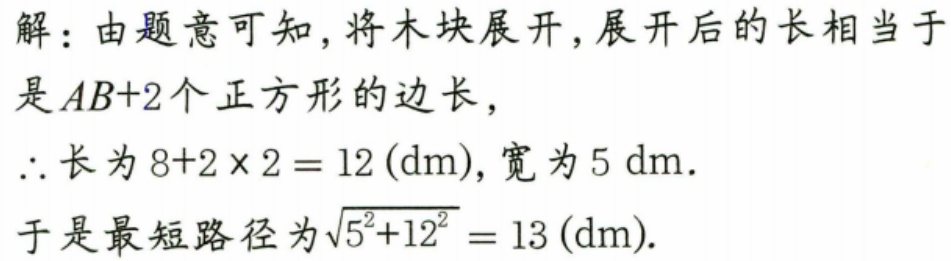
解：由题意可知，将木块展开，展开后的长相当于是\(AB + 2\)个正方形的边长，
\(\therefore\)长为\(8 + 2\times2 = 12(\text{dm})\)，宽为\(5\text{ dm}\).
于是最短路径为\(\sqrt{5^{2}+12^{2}} = 13(\text{dm})\).